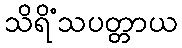
သိရိံသပတ္တာယ